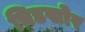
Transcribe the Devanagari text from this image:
चिडखोर